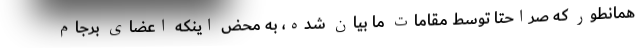
همانطور که صراحتاً توسط مقامات ما بیان شده، به محض اینکه اعضای برجام